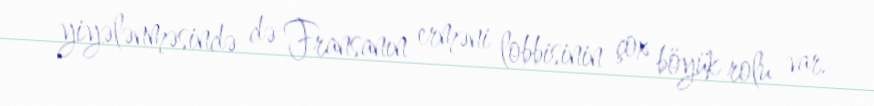
yiyələnməsində də Fransanın erməni lobbisinin çox böyük rolu var.